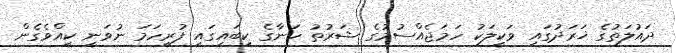
ދައުލަތުގެ ޚަރަދުގައި ވަކީލަކު ހަމަޖެއްސުމުގެ ޝަރުތު ހަނާގެ ކިބައިގައި ފުރިހަމަ ނުވަނީ ކީއްވެގެން